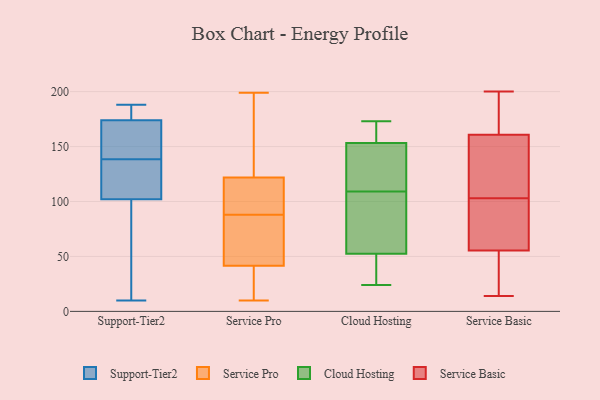
{"axis": {"x": "Energy Usage (MWh)", "y": "Value"}, "legend": ["Cloud Hosting", "Service Basic", "Service Pro", "Support-Tier2"], "data": [{"x": "", "y": 88, "type": "Support-Tier2"}, {"x": "", "y": 135, "type": "Support-Tier2"}, {"x": "", "y": 10, "type": "Support-Tier2"}, {"x": "", "y": 183, "type": "Support-Tier2"}, {"x": "", "y": 104, "type": "Support-Tier2"}, {"x": "", "y": 66, "type": "Support-Tier2"}, {"x": "", "y": 173, "type": "Support-Tier2"}, {"x": "", "y": 101, "type": "Support-Tier2"}, {"x": "", "y": 130, "type": "Support-Tier2"}, {"x": "", "y": 175, "type": "Support-Tier2"}, {"x": "", "y": 169, "type": "Support-Tier2"}, {"x": "", "y": 188, "type": "Support-Tier2"}, {"x": "", "y": 180, "type": "Support-Tier2"}, {"x": "", "y": 98, "type": "Support-Tier2"}, {"x": "", "y": 181, "type": "Support-Tier2"}, {"x": "", "y": 103, "type": "Support-Tier2"}, {"x": "", "y": 135, "type": "Support-Tier2"}, {"x": "", "y": 163, "type": "Support-Tier2"}, {"x": "", "y": 155, "type": "Support-Tier2"}, {"x": "", "y": 142, "type": "Support-Tier2"}, {"x": "", "y": 91, "type": "Service Pro"}, {"x": "", "y": 144, "type": "Service Pro"}, {"x": "", "y": 43, "type": "Service Pro"}, {"x": "", "y": 38, "type": "Service Pro"}, {"x": "", "y": 10, "type": "Service Pro"}, {"x": "", "y": 88, "type": "Service Pro"}, {"x": "", "y": 199, "type": "Service Pro"}, {"x": "", "y": 66, "type": "Service Pro"}, {"x": "", "y": 106, "type": "Service Pro"}, {"x": "", "y": 41, "type": "Service Pro"}, {"x": "", "y": 93, "type": "Service Pro"}, {"x": "", "y": 43, "type": "Service Pro"}, {"x": "", "y": 151, "type": "Service Pro"}, {"x": "", "y": 30, "type": "Service Pro"}, {"x": "", "y": 152, "type": "Service Pro"}, {"x": "", "y": 127, "type": "Service Pro"}, {"x": "", "y": 15, "type": "Service Pro"}, {"x": "", "y": 88, "type": "Service Pro"}, {"x": "", "y": 103, "type": "Service Pro"}, {"x": "", "y": 143, "type": "Cloud Hosting"}, {"x": "", "y": 152, "type": "Cloud Hosting"}, {"x": "", "y": 167, "type": "Cloud Hosting"}, {"x": "", "y": 109, "type": "Cloud Hosting"}, {"x": "", "y": 168, "type": "Cloud Hosting"}, {"x": "", "y": 29, "type": "Cloud Hosting"}, {"x": "", "y": 24, "type": "Cloud Hosting"}, {"x": "", "y": 128, "type": "Cloud Hosting"}, {"x": "", "y": 29, "type": "Cloud Hosting"}, {"x": "", "y": 45, "type": "Cloud Hosting"}, {"x": "", "y": 55, "type": "Cloud Hosting"}, {"x": "", "y": 173, "type": "Cloud Hosting"}, {"x": "", "y": 62, "type": "Cloud Hosting"}, {"x": "", "y": 109, "type": "Cloud Hosting"}, {"x": "", "y": 124, "type": "Cloud Hosting"}, {"x": "", "y": 71, "type": "Cloud Hosting"}, {"x": "", "y": 157, "type": "Cloud Hosting"}, {"x": "", "y": 14, "type": "Service Basic"}, {"x": "", "y": 103, "type": "Service Basic"}, {"x": "", "y": 200, "type": "Service Basic"}, {"x": "", "y": 182, "type": "Service Basic"}, {"x": "", "y": 69, "type": "Service Basic"}, {"x": "", "y": 14, "type": "Service Basic"}, {"x": "", "y": 143, "type": "Service Basic"}, {"x": "", "y": 125, "type": "Service Basic"}, {"x": "", "y": 14, "type": "Service Basic"}, {"x": "", "y": 160, "type": "Service Basic"}, {"x": "", "y": 77, "type": "Service Basic"}, {"x": "", "y": 161, "type": "Service Basic"}, {"x": "", "y": 177, "type": "Service Basic"}, {"x": "", "y": 88, "type": "Service Basic"}, {"x": "", "y": 96, "type": "Service Basic"}, {"x": "", "y": 194, "type": "Service Basic"}, {"x": "", "y": 156, "type": "Service Basic"}, {"x": "", "y": 49, "type": "Service Basic"}, {"x": "", "y": 51, "type": "Service Basic"}]}